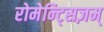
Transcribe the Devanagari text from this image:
रोमेन्ट्सिज़म्